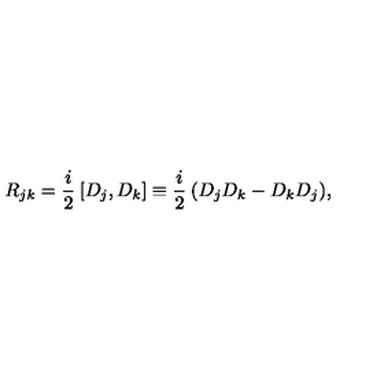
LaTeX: R _ { j k } = \frac { i } { 2 } \: [ D _ { j } , D _ { k } ] \equiv \frac { i } { 2 } \: ( D _ { j } D _ { k } - D _ { k } D _ { j } ) ,